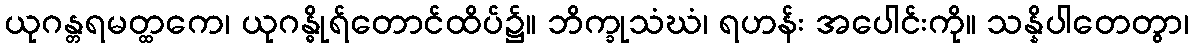
ယုဂန္တရမတ္ထကေ၊ ယုဂန္ဓိုရ်တောင်ထိပ်၌။ ဘိက္ခုသံဃံ၊ ရဟန်း အပေါင်းကို။ သန္နိပါတေတွာ၊